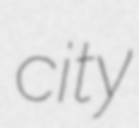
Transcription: city